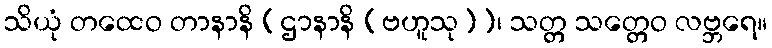
သိယုံ တထေဝ တာနာနိ [ဌာနာနိ (ဗဟူသု)]၊ သတ္တ သတ္တေဝ လဗ္ဘရေ။